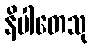
နိပါတေသု